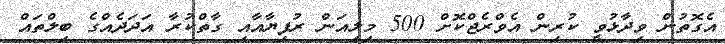
އެގޮތުން ވިދާޅުވީ ކުރިން އެވްރެޖްކޮށް 500 މިލިއަން ރުފިޔާއާއި ގާތްކުރާ އަދަދެއްގެ ބިލްތައް